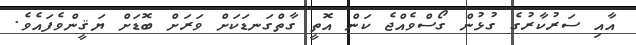
އާއި ސަރުކާރުގެ ގުޅުން ގޯސްވެއްޖެ ކަން އޮތީ ގާތްގަނޑަކަށް ވަރަށް ބޮޑަށް ޔަޤީންވެފައެވެ.